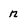
Character: n